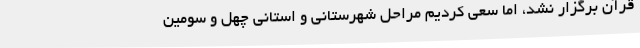
قرآن برگزار نشد، اما سعی کردیم مراحل شهرستانی و استانی چهل و سومین